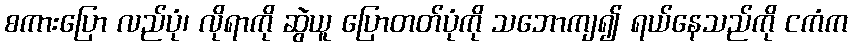
စကားပြော လည်ပုံ၊ လိုရာကို ဆွဲယူ ပြောတတ်ပုံကို သဘောကျ၍ ရယ်နေသည်ကို ငကံက